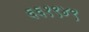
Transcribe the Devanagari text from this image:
६६१९४९